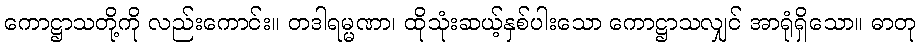
ကောဋ္ဌာသတို့ကို လည်းကောင်း။ တဒါရမ္မဏာ၊ ထိုသုံးဆယ့်နှစ်ပါးသော ကောဋ္ဌာသလျှင် အာရုံရှိသော။ ဓာတု